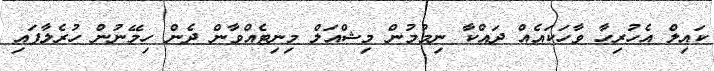
ކައިލް އެހުރިހާ ވާހަކައެއް ދައްކާ ނިމުމުން މިޝްއަލް މިނިޓެއްވާން ދެން ހިމޭނުން ހުރެލާފައި